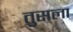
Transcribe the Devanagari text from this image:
तुसला